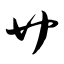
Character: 艹